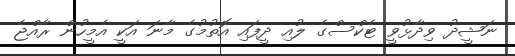
ނަޝީދު ވިދާޅުވީ ޓެކްސްގެ ލުއި ދީފައި އޮތުމުގެ މާނަ އަކީ އެމީހުން ރާއްޖެ